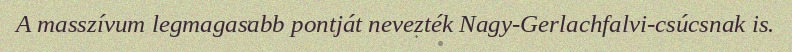
A masszívum legmagasabb pontját nevezték Nagy-Gerlachfalvi-csúcsnak is.